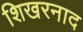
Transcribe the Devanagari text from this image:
शिखरनाद